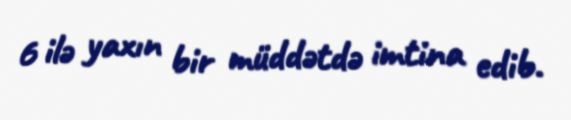
6 ilə yaxın bir müddətdə imtina edib.